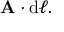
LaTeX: \mathbf { A } \cdot \mathrm { { d } } { \boldsymbol { \ell } } .